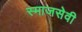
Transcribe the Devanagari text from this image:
स्माजसेवी